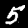
Digit: 5